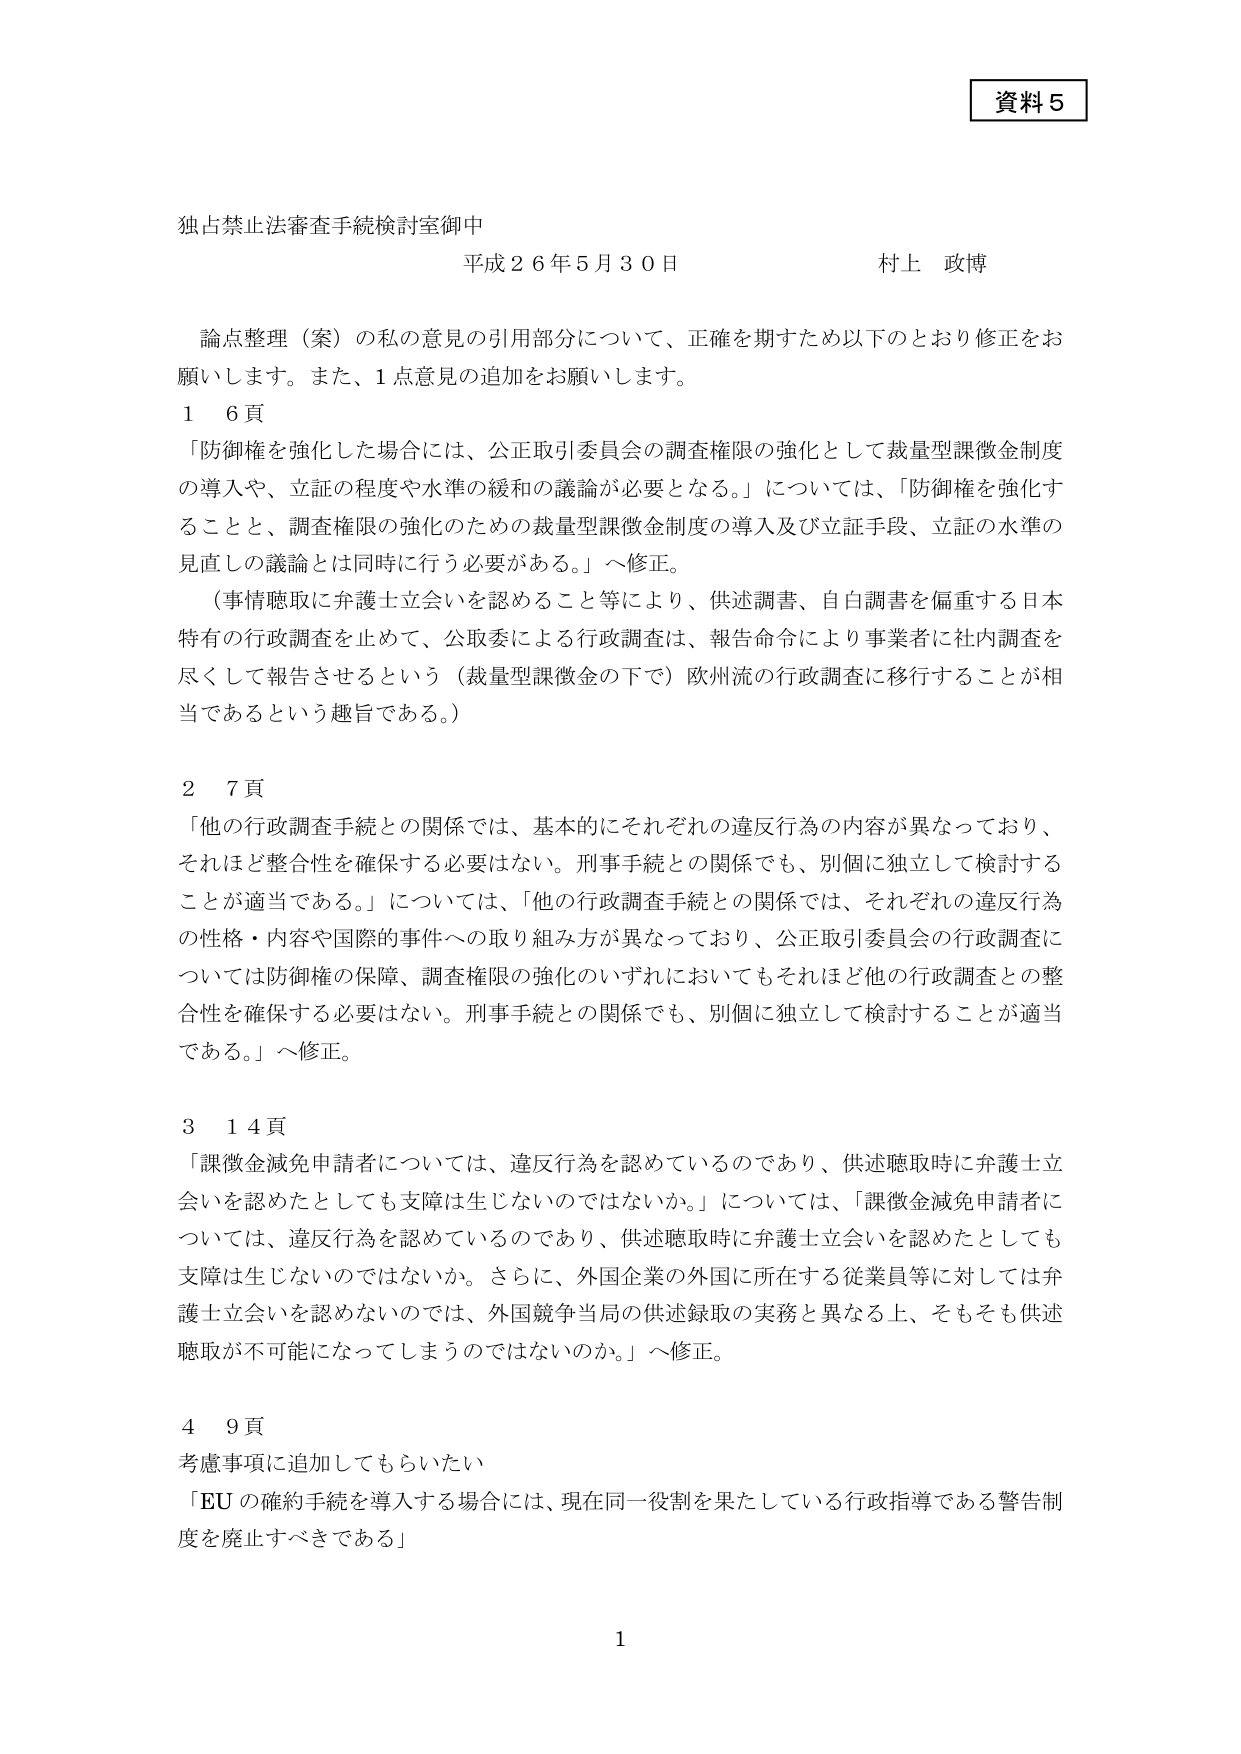
資料５

独占禁止法審査手続検討室御中
平成２６年５月３０日　　村上 政博

　論点整理（案）の私の意見の引用部分について、正確を期すため以下のとおり修正をお願いします。また、１点意見の追加をお願いします。

１　６頁
「防御権を強化した場合には、公正取引委員会の調査権限の強化として裁量型課徴金制度の導入や、立証の程度や水準の緩和の議論が必要となる。」については、「防御権を強化することと、調査権限の強化のための裁量型課徴金制度の導入及び立証手段、立証の水準の見直しの議論とは同時に行う必要がある。」へ修正。
　（事情聴取に弁護士立会いを認めること等により、供述調書、自白調書を偏重する日本特有の行政調査を止めて、公取委による行政調査は、報告命令により事業者に社内調査を尽くして報告させるという（裁量型課徴金の下で）欧州流の行政調査に移行することが相当であるという趣旨である。）

２　７頁
「他の行政調査手続との関係では、基本的にそれぞれの違反行為の内容が異なっており、それほど整合性を確保する必要はない。刑事手続との関係でも、別個に独立して検討することが適当である。」については、「他の行政調査手続との関係では、それぞれの違反行為の性格・内容や国際的事件への取り組み方が異なっており、公正取引委員会の行政調査については防御権の保障、調査権限の強化のいずれにおいてもそれほど他の行政調査との整合性を確保する必要はない。刑事手続との関係でも、別個に独立して検討することが適当である。」へ修正。

３　１４頁
「課徴金減免申請者については、違反行為を認めているのであり、供述聴取時に弁護士立会いを認めたとしても支障は生じないのではないか。」については、「課徴金減免申請者については、違反行為を認めているのであり、供述聴取時に弁護士立会いを認めたとしても支障は生じないのではないか。さらに、外国企業の外国に所在する従業員等に対しては弁護士立会いを認めないのでは、外国競争当局の供述録取の実務と異なる上、そもそも供述聴取が不可能になってしまうのではないか。」へ修正。

４　９頁
考慮事項に追加してもらいたい
「EUの確約手続を導入する場合には、現在同一役割を果たしている行政指導である警告制度を廃止すべきである」

１